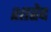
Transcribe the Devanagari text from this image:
शाहेद